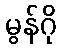
မွန်ဂို